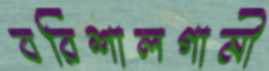
বরিশালগামী